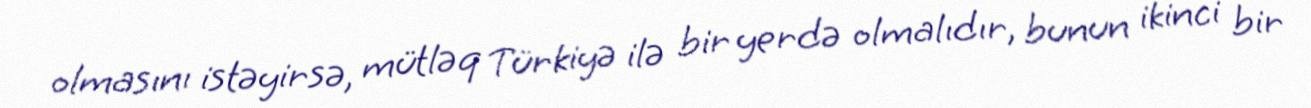
olmasını istəyirsə, mütləq Türkiyə ilə bir yerdə olmalıdır, bunun ikinci bir